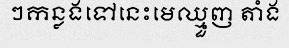
ៗកន្លងទៅនេះមេឈ្មួញ តាំង